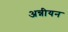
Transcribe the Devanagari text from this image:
अन्नीयन